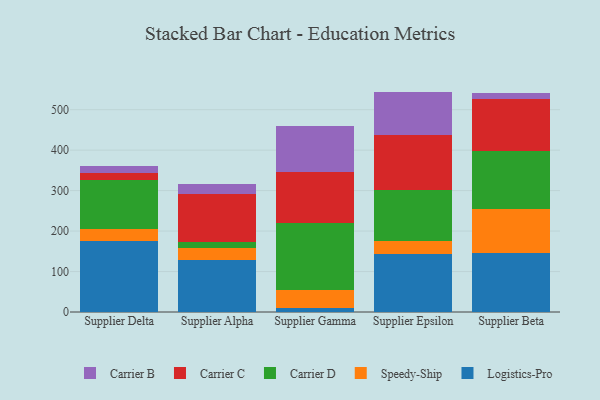
{"axis": {"x": "Supplier", "y": "Market Share (%)"}, "legend": ["Carrier B", "Carrier C", "Carrier D", "Logistics-Pro", "Speedy-Ship"], "data": [{"x": "Supplier Delta", "y": 176.2, "type": "Logistics-Pro"}, {"x": "Supplier Delta", "y": 28.8, "type": "Speedy-Ship"}, {"x": "Supplier Delta", "y": 121.6, "type": "Carrier D"}, {"x": "Supplier Delta", "y": 17.6, "type": "Carrier C"}, {"x": "Supplier Delta", "y": 16.4, "type": "Carrier B"}, {"x": "Supplier Alpha", "y": 128.9, "type": "Logistics-Pro"}, {"x": "Supplier Alpha", "y": 30.2, "type": "Speedy-Ship"}, {"x": "Supplier Alpha", "y": 14.9, "type": "Carrier D"}, {"x": "Supplier Alpha", "y": 117.3, "type": "Carrier C"}, {"x": "Supplier Alpha", "y": 24.4, "type": "Carrier B"}, {"x": "Supplier Gamma", "y": 10.6, "type": "Logistics-Pro"}, {"x": "Supplier Gamma", "y": 43.7, "type": "Speedy-Ship"}, {"x": "Supplier Gamma", "y": 165.7, "type": "Carrier D"}, {"x": "Supplier Gamma", "y": 126.3, "type": "Carrier C"}, {"x": "Supplier Gamma", "y": 113.9, "type": "Carrier B"}, {"x": "Supplier Epsilon", "y": 143.5, "type": "Logistics-Pro"}, {"x": "Supplier Epsilon", "y": 31.1, "type": "Speedy-Ship"}, {"x": "Supplier Epsilon", "y": 127.0, "type": "Carrier D"}, {"x": "Supplier Epsilon", "y": 136.8, "type": "Carrier C"}, {"x": "Supplier Epsilon", "y": 106.3, "type": "Carrier B"}, {"x": "Supplier Beta", "y": 145.0, "type": "Logistics-Pro"}, {"x": "Supplier Beta", "y": 108.5, "type": "Speedy-Ship"}, {"x": "Supplier Beta", "y": 144.9, "type": "Carrier D"}, {"x": "Supplier Beta", "y": 128.5, "type": "Carrier C"}, {"x": "Supplier Beta", "y": 15.0, "type": "Carrier B"}]}